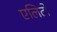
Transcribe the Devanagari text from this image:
एलिटो